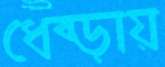
ধেব্‌ড়ায়